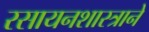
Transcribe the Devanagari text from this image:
रसायनशास्त्राने